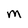
Character: M